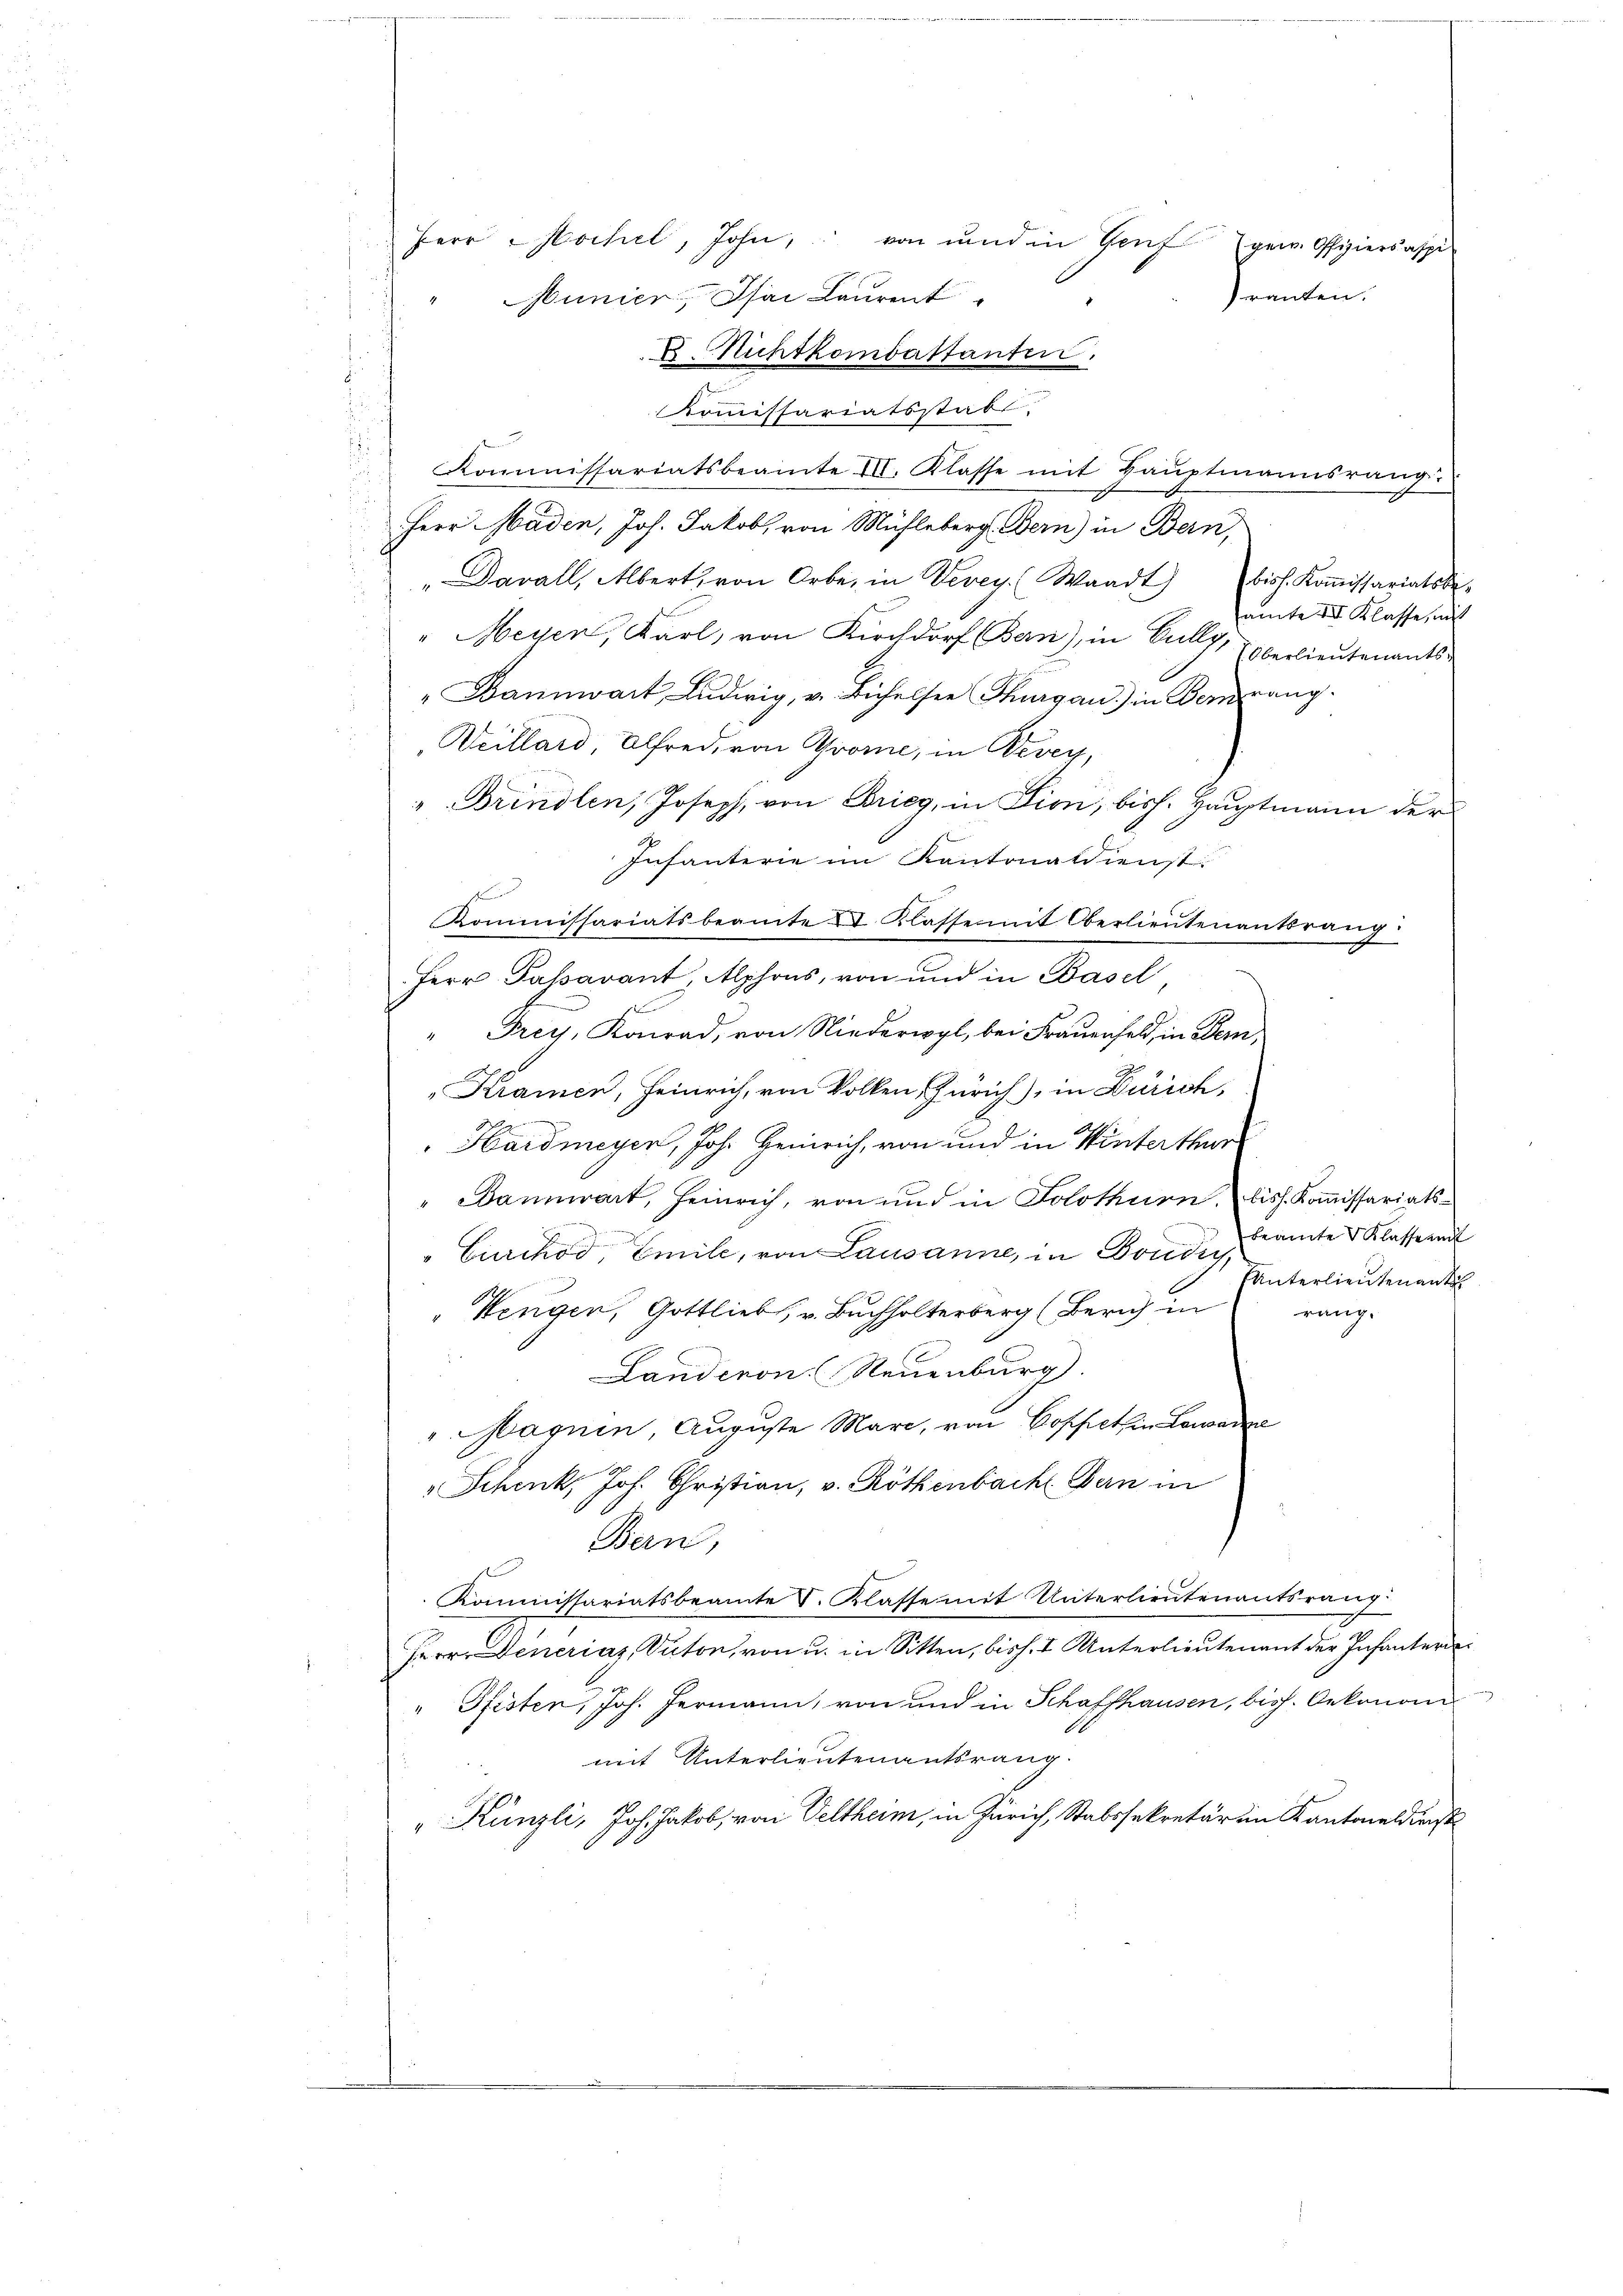
Herr Wochel, John, von und in Genf gew. Offiziersaspi
ranten.
unier, Isai Laurent
E. Richtkombastanten.

Kommissariatsstabe
Kommissariatsbeamte III. Klasse mit Hauptmannsrang
Herr Mäden, Joh. Jakob, von Mühleberg. Bern) in Bern,
"Davall, Albert von Orbe, in Vevey. Waadt) biss. Koṁissariatsbe-
amte III Klasse, mit
" Meyen, Karl, von Kirchdorf Bern), in Cully, Oberlieutenants-
u
Dannwart Ludwig, u. Bichelser Thurgau) in Berrang-
Weillard, Alfred, von Grome, in Vevey,
"Brindlen, Joseph, von Brieg, in Dion, bish. Hauptmann der
Infanterie im Kantonaldienst.
Herr Passavant, Alphons, von und in Basel,
Frey, Konrad, von Niederwyl, bei Frauerfeld, in Bern,
Kramen, Heinrich, von Volken, Zürich), in Zürich,
 Hardmeyer, Joh. Heinrich, von und in Winterthur
"Bannwart, Heinrich, von und in Solothurn, biss. Koṁissariats-
" Euerchod, Emile, von Lausanne, in Fonditamte Klassereit
Unterlieutenant
Wengen, Gottliebs, v. Buchhalterberg (Zürich in
rang.
Landeron Neuenburg
" Magnen, Auguste Mari, von Bosselten Locar
Schenk, Joh. Christian, v. Röthenbach Bern in
Bern,
Kommissariatsbeamte V. Klasse mit Unterlieutenantsrang
Herrn Deneriaz, Duton, von u. in Sitten, bish. I Unterlieutenant der Infanter
" Pfisten, Joh. Fermann, von und in Schaffhausen, bish. Oekonom
mit Unterlieutenantsrang.
" Künzli, Joh. Jakob, von Veltheim, in Zürich, Stabssekretären Kantonaldienst

Kommissariatsbeamte 2 Klasse mit Oberlieutenantsrang